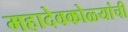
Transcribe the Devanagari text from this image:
महादेवकोळ्यांची